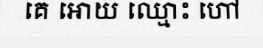
គេ អោយ ឈ្មោះ ហៅ